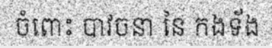
ចំពោះ បាវចនា នៃ កងទ័ង